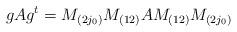
LaTeX: \begin{align*}g Ag^t = M_{(2j_0)}M_{(12)} AM_{(12)} M_{(2j_0)} \end{align*}